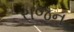
રાજન